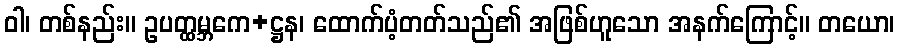
ဝါ၊ တစ်နည်း။ ဥပတ္ထမ္ဘကေ+ဋ္ဌန၊ ထောက်ပံ့တတ်သည်၏ အဖြစ်ဟူသော အနက်ကြောင့်။ တယော၊